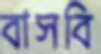
বাসবি